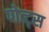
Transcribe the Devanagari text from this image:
पोत्ट्स